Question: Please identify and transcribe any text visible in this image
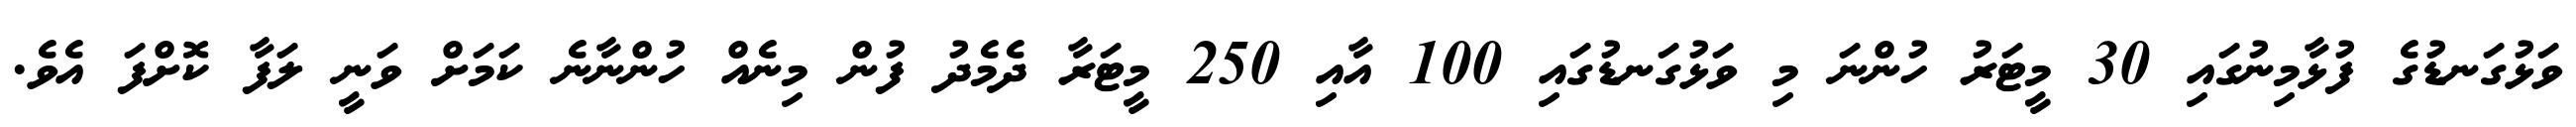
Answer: ވަޅުގަނޑުގެ ފުޅާމިނުގައި 30 މީޓަރު ހުންނަ މި ވަޅުގަނޑުގައި 100 އާއި 250 މީޓަރާ ދެމެދު ފުން މިނެއް ހުންނާނެ ކަމަށް ވަނީ ލަފާ ކޮށްފަ އެވެ.